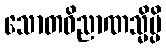
သောတဝိညာဏသ္မိမ္ပိ